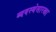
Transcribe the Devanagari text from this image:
व्यवस्थेसारखा